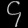
Digit: ၄